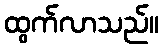
ထွက်လာသည်။